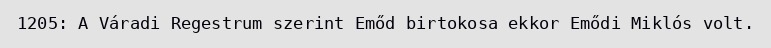
1205: A Váradi Regestrum szerint Emőd birtokosa ekkor Emődi Miklós volt.